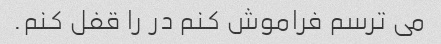
می ترسم فراموش کنم در را قفل کنم.